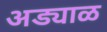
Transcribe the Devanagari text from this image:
अड्याळ